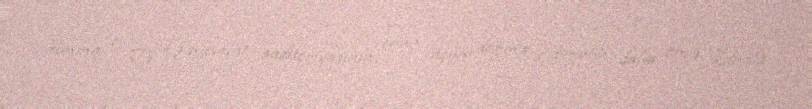
Amma o, TV Müsavat auditoriyasının onun üçün doğma olduğunu, daha öncə kanala